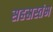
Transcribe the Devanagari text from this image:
सहस्रस्तंभ